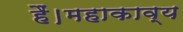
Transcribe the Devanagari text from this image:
हैं।महाकाव्य